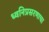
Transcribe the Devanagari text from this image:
ध्वनिप्रसरणाचा